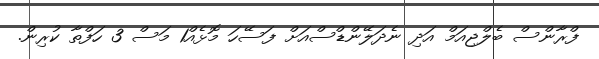
ފްރާންސް ބެލްޖިއަމް އަދި ނެދަލޭންޑްސްއަށް ފަސޭހަ މޮޅެއް1 މަސް 3 ހަފްތާ ކުރިން.